Indian Civil Veterinary Department memoirs
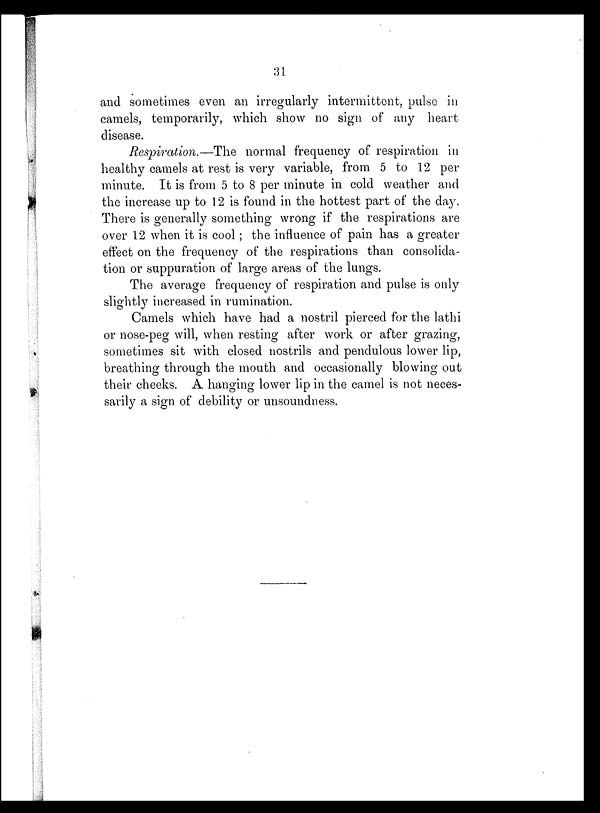
31
and sometimes even an irregularly intermittent, pulse in
camels, temporarily, which show no sign of any heart
disease.
Respiration.—The normal frequency of respiration in
healthy camels at rest is very variable, from 5 to 12 per
minute. It is from 5 to 8 per minute in cold weather and
the increase up to 12 is found in the hottest part of the day.
There is generally something wrong if the respirations are
over 12 when it is cool; the influence of pain has a greater
effect on the frequency of the respirations than consolida-
tion or suppuration of large areas of the lungs.
The average frequency of respiration and pulse is only
slightly increased in rumination.
Camels which have had a nostril pierced for the lathi
or nose-peg will, when resting after work or after grazing,
sometimes sit with closed nostrils and pendulous lower lip,
breathing through the mouth and occasionally blowing out
their cheeks. A hanging lower lip in the camel is not neces-
sarily a sign of debility or unsoundness.